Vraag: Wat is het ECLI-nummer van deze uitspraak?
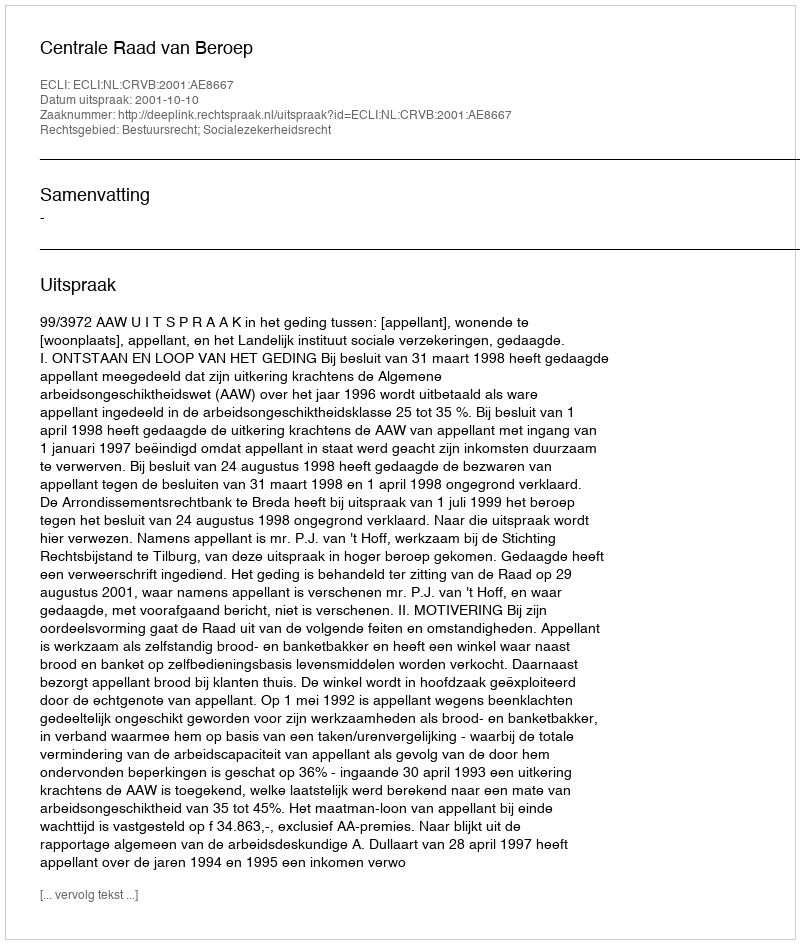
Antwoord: ECLI:NL:CRVB:2001:AE8667